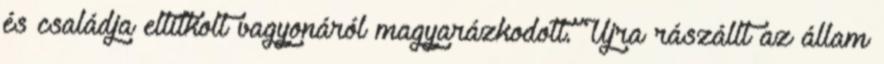
és családja eltitkolt vagyonáról magyarázkodott. Újra rászállt az állam